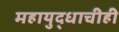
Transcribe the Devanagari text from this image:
महायुद्धाचीही